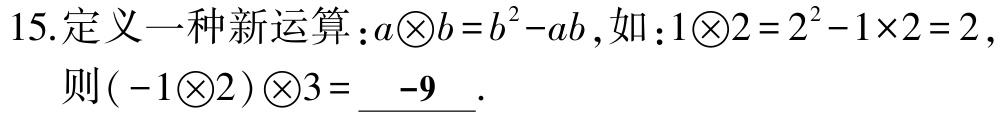
15.定义一种新运算：\(a\bigotimes b = b^{2}-ab\)，如：\(1\bigotimes2 = 2^{2}-1\times2 = 2\)，
则\(( -1\bigotimes2)\bigotimes3 = \underline{-9}\).